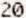
20